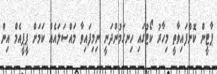
ޕާޓީން ކޮށްފައިވާތީ މިހާރު ކޯޓުގައި ހިނގަމުންދަނީ ނިމިފައިވާ މައްސަލައެއްް ކަމަށް ޕީޕީއެމް އިން